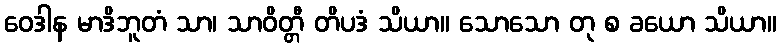
ဝေဒါန မာဒိဘူတံ သာ၊ သာဝိတ္တီ တိပဒံ သိယာ။ သောသော တု စ ခယော သိယာ။